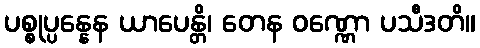
ပစ္စုပ္ပန္နေန ယာပေန္တိ၊ တေန ဝဏ္ဏော ပသီဒတိ။